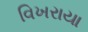
વિખરાયા